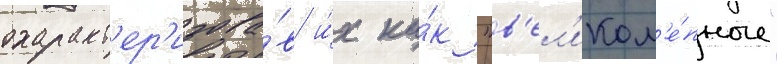
охаракт'ер'изова́в и́х ка́к "в'ел'икол'е́пные"